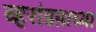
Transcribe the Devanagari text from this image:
व्हरांडय़ाच्या